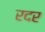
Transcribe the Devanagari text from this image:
रदर